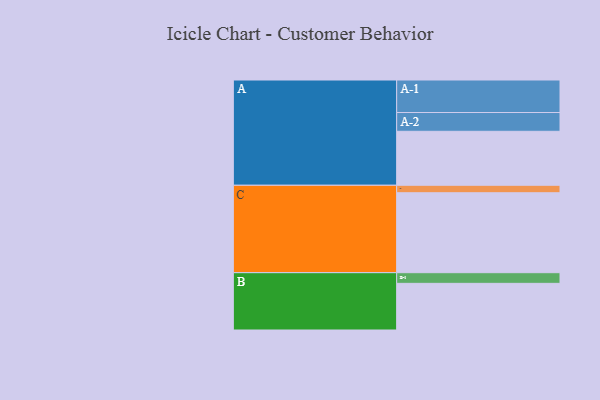
{"axis": {"x": "Segment", "y": "Value"}, "legend": ["", "A", "B", "C"], "data": [{"x": "A", "y": 405, "type": ""}, {"x": "B", "y": 350, "type": ""}, {"x": "C", "y": 600, "type": ""}, {"x": "A-1", "y": 244, "type": "A"}, {"x": "A-2", "y": 141, "type": "A"}, {"x": "B-1", "y": 80, "type": "B"}, {"x": "C-1", "y": 56, "type": "C"}]}